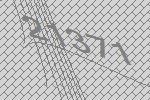
21371